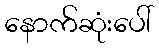
နောက်ဆုံးပေါ်